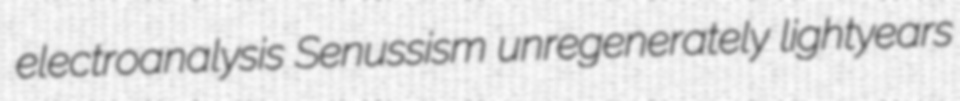
electroanalysis Senussism unregenerately lightyears